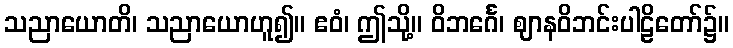
သညာယောတိ၊ သညာယောဟူ၍။ ဧဝံ၊ ဤသို့။ ဝိဘင်္ဂေ၊ ဈာနဝိဘင်းပါဠိတော်၌။